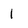
Character: 1